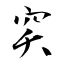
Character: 穾